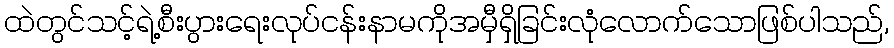
ထဲတွင်သင့်ရဲ့စီးပွားရေးလုပ်ငန်းနာမကိုအမှီရှိခြင်းလုံလောက်သောဖြစ်ပါသည်,